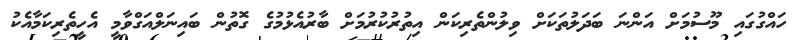
ހައްގުގައި މޫސުމަށް އަންނަ ބަދަލުތަކަށް ވިލުންތެރިކަން އިތުރުކުރުމަށް ބާރުއެޅުމުގެ ގޮތުން ބައިނަލްއަގްވާމީ އެހީތެރިކަމާއެކު